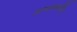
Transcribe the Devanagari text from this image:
अम्लमार्जित